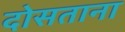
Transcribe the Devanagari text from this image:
दोसताना